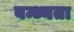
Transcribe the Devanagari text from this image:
बन्ध्यता